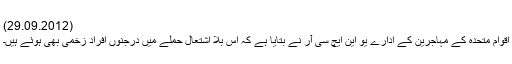
(29.09.2012)
اقوام متحدہ کے مہاجرین کے ادارے یو این ایچ سی آر نے بتایا ہے کہ اس بلا اشتعال حملے میں درجنوں افراد زخمی بھی ہوئے ہیں۔